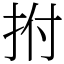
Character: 拊